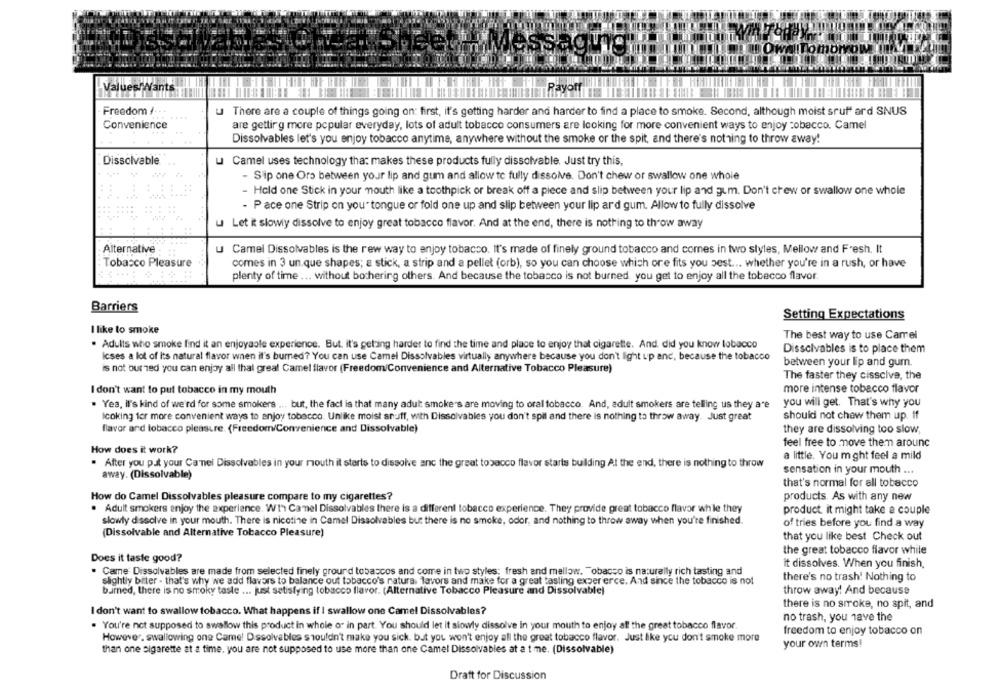
essagunığı
Tomorrow (in
Values Wants
Till Payoff
Freedom !
u There are a couple of things going on: first, it's getting harder and harder to find a place to smoke. Second, although moist srut ard SNUS
Convenience
are getting more popular everyday, lots of adult tobacco consumers are looking for more convenient ways to enjoy tobacco. Camel
Dissolvables let's you enjoy tobacco anytime, anywhere without the smoke or the spit, and there's nothing to throw away!
Dissolvable
u Camel uses technology that makes these products fully dissolvable. Just try this,
Sip one Ors between your lip and gum and allow to fully dissolve. Don't chew or swallow one whole
- Hold one Stick in your mouth like a toothpick or break off a piece and slip between your lip and gum. Don't crew or swallow one whole
- Pace one Strip on your tongue or fold one up and slip between your lip ard gum. Allow to fully dissolve
u Let it slowly dissolve to enjoy great tobacco flavor. And at the end, there is nothing to throw away
Alternative
U Camel Dissolvables is the rew way to enjoy tobacco. It's made of finely ground tobacco and comes in two styles, Mellow and Fresh. It
Tobacco Pleasure
comes in 3 un.que shapes; a stick, a strip and a pellet (orb), so you can choose which ore fits you best ... whether you're in a rush, or have
plenty of time ... without bothering others. And because the tobacco is not burned, you get to enjoy all the tobacco flavor
Barriers
Setting Expectations
I like to smoke
The best way to use Camel
. Adults who smoke find it an enjoyable experience. But. it's getting harder to find the time and place to enjoy that cigarette. And. did you know tobacco
Dissolvables is to place them
Icses a lot of its natural flavor when it's burned? You can use Camel Dissolvables virtually anywhere because you don't light up and, because the tobacco
between your lip and gum.
is not burned you can enjoy all thal great Camel flavor (Freedom/Convenience and Alternative Tobacco Pleasure)
The faster they cisscive, the
I don't want to put tobacco in my mouth
more intense tobacco flavor
. Yea, il's kind of we'rd for some smokers ... but, the fact is that many adult smoke's are moving to oral tobacco. And, adult smokers are telling us they are
you will get. That's why you
Icoking for more convenient ways to enjoy tobacco. Unlike moist snuff, with Dissolvables you don't spil and there is nothing to throw away. Just great
should not chew them up. If
flavor and tobacco pleasure. (Freedom/Convenience and Dissolvable)
they are dissolving too slow,
feel free to move them around
How does it work?
a little. You m ght feel a mild
. After you put your Canel Dissolvables in your mouth it starts to dissolve anc the great tobacco flavor starts building At the end, there is nothing to throw
sensation in your mouth ...
away. (Dissolvable)
that's normal for all tobacco
How do Camel Dissolvables pleasure compare to my cigarettes?
products. As with any new
. Adult smokers enjoy the experiance. W1hr Camel Dissolvables there is a different tobacco experience. They provide great tobacco flavor while they
product it might take a couple
slowly dissolve in your mouth. There is nicotine in Camel Dissolvables but there is no smoke, odor, and nothing to throw away when you're finished.
of tries before you find a way
(Dissolvable and Alternative Tobacco Pleasure)
that you like best Check out
the great tobacco flavor while
Does it taste good?
it dissolves. When you finish,
Came Dissolvables are made from selected finely ground tobaccos and come in two styles; fresh and mellow. "obacco is naturally rich tasting and
slightly bitter - that's why we add flavors to balance out tobacco's natura. lavors and make for a great tasting exper erce. And since the tobacco is not
there's no trash! Nothing to
burned, there is no smoky taste ... just satisfying tobacco flavor. (Alternative Tobacco Pleasure and Dissolvable)
throw away! And because
there is no smoke, no spit, and
I don't want to swallow tobacco. What happens if I swallow one Camel Dissolvables?
no trash, you have the
. You're not supposed to swallow this product in whole or in part. You should let it slowly dissolve in your mouth to enjoy all the great tobacco flavor
However, swallowing one Came! Dissolvables shouldn't make you sick. but you won't enjoy all the great tobacco flavor. Just like you don't smoke more
freedom to enjoy tobacco on
your own terms!
than one sigarette at a time. you are not supposed to use more than one Camel Dissolvables at a t me. (Dissolvable)
Draft for Discussion